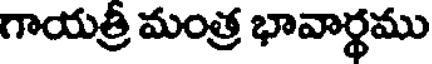
గాయత్రి మంత్ర భావార్థము